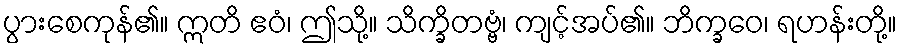
ပွားစေကုန်၏။ ဣတိ ဧဝံ၊ ဤသို့။ သိက္ခိတဗ္ဗံ၊ ကျင့်အပ်၏။ ဘိက္ခဝေ၊ ရဟန်းတို့။